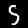
Label: 5